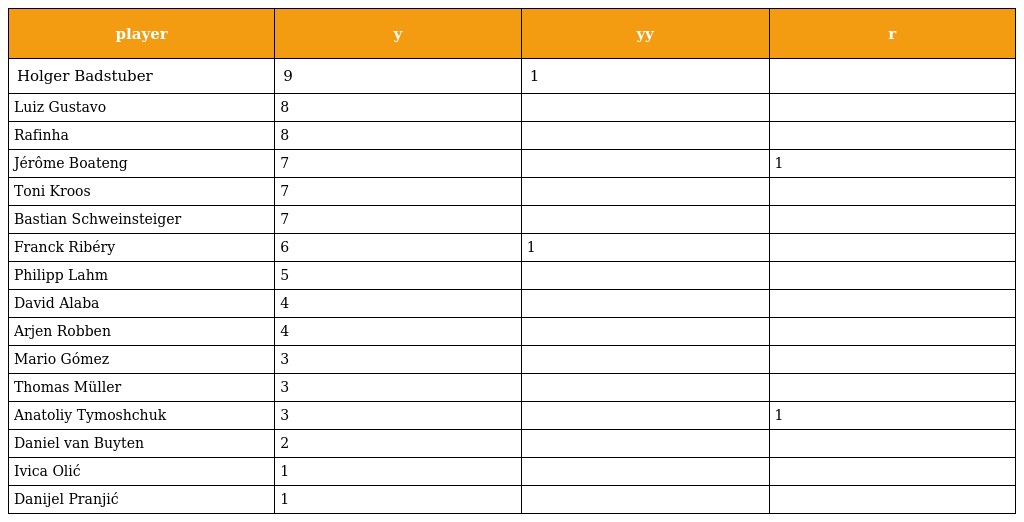
| player | y | yy | r |
 | --- | --- | --- | --- |
 | Holger Badstuber | 9 | 1 |  |
 | Luiz Gustavo | 8 |  |  |
 | Rafinha | 8 |  |  |
 | Jérôme Boateng | 7 |  | 1 |
 | Toni Kroos | 7 |  |  |
 | Bastian Schweinsteiger | 7 |  |  |
 | Franck Ribéry | 6 | 1 |  |
 | Philipp Lahm | 5 |  |  |
 | David Alaba | 4 |  |  |
 | Arjen Robben | 4 |  |  |
 | Mario Gómez | 3 |  |  |
 | Thomas Müller | 3 |  |  |
 | Anatoliy Tymoshchuk | 3 |  | 1 |
 | Daniel van Buyten | 2 |  |  |
 | Ivica Olić | 1 |  |  |
 | Danijel Pranjić | 1 |  |  |